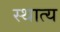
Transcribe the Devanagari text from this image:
स्थात्य